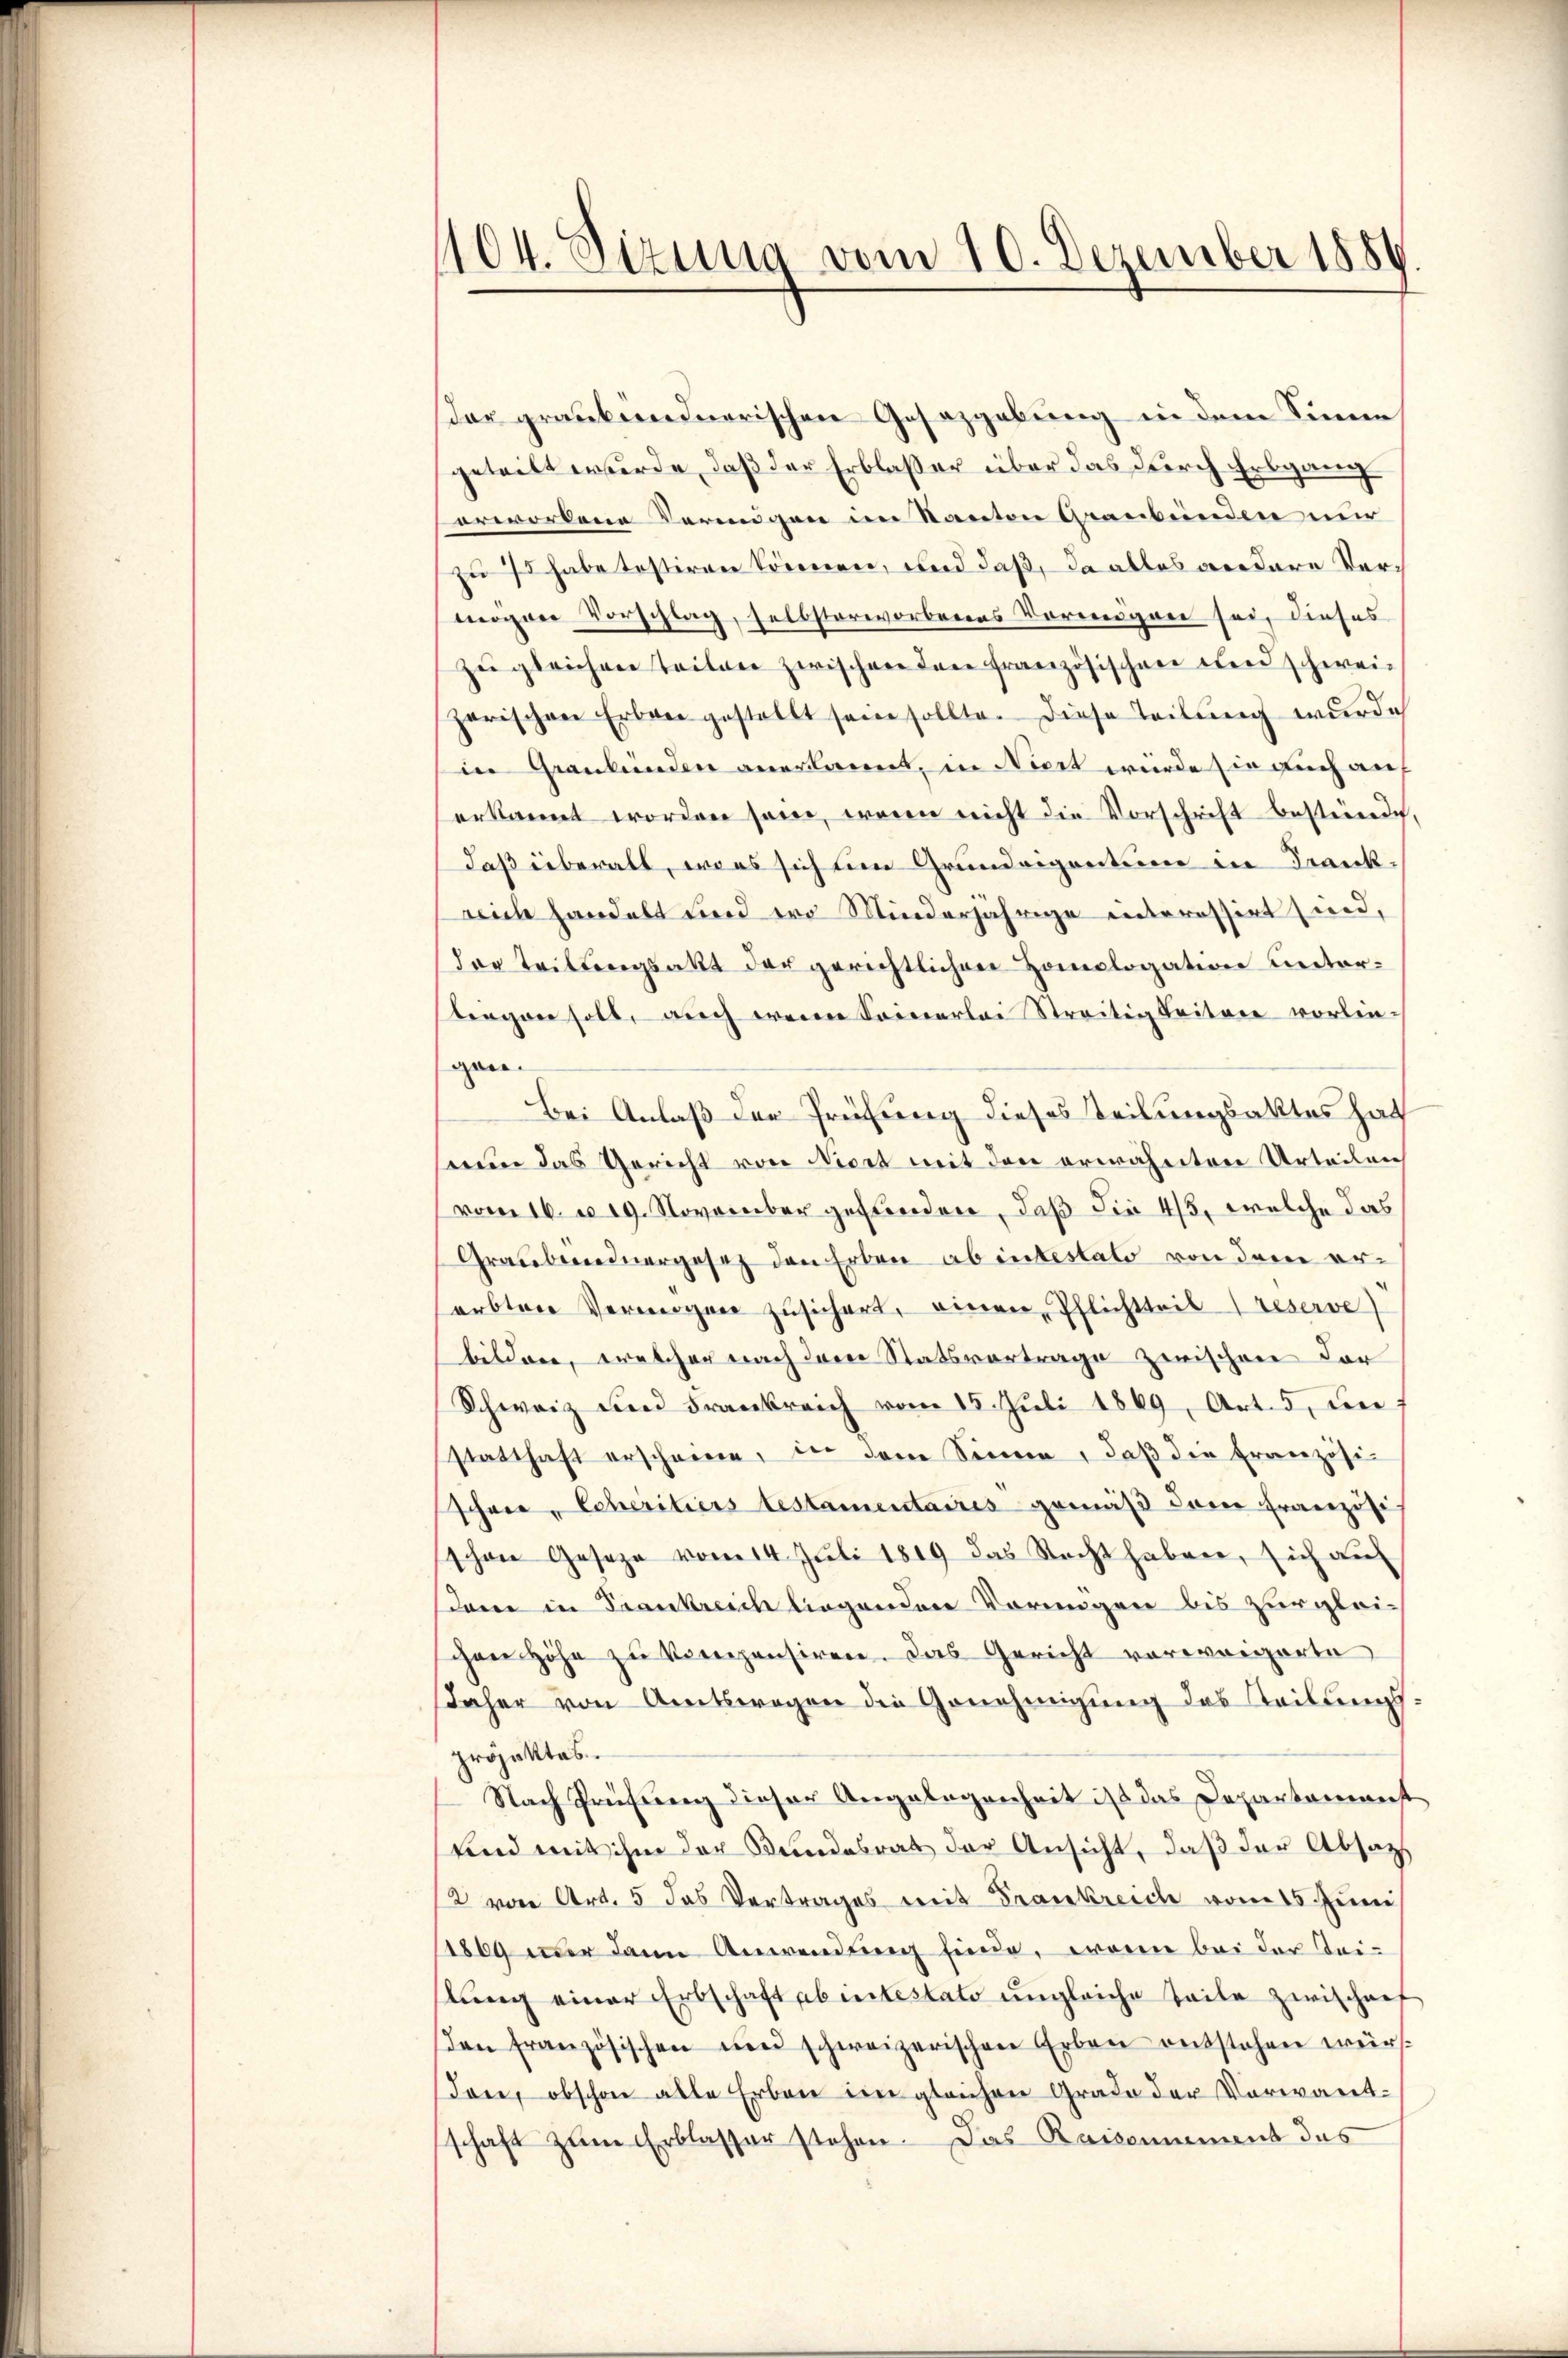
104. Sizung vom 10. Dezember 1884

Der graubündnerischen Gesetzgebung in dem Sinne
geteilt wurde, daß der Erblaser über das durch Erbgang
erwordene Termigen im Kanton Graubünden nur
zu 7 habe testiren können, und daß, da alles andere Vermögen Vorschlag, selbsterworbenes Vermögen sei, dieses
zŭ gleichen Teilen zwischen den französischen und schweizerischen Erben gestellt sein sollte. Diese Teilung wurde
in Graubünden anerkannt, in Niert wurde sie auch auf
erkannt worden sein, wenn nicht die Vorschrift besterrich,
daß überall, was sich um Grundeigentum in Frankrich handelt und wo Minderjährige interessirt sind,
der Teilungsakt der gerichtlichen Homologation unterbiegen soll, auch wenn Seinerlei Streitigkeiten vorliegan
Bei Anlaß der Prüfung dieses Teilungsaktes hat
seum das Gericht von Nicht mit den erwähnten Urteilung
vom 16. d. 19. November gefunden, daß die 415, welche das
Graubereinergesetz den Erben ab intestato von dem ererbten Vermögen zŭsichert, einen Pflichtteil reserve
bildere, welcher nach dem Statsvortrage zwischen dor
Schweiz und Frankreich vom 15. Juli 1869, Art. 5, un
statthaft erscheine, in dem Sinne, daß die Französischon „Scheritiers testamentaires gemäß dem Französi-
schon Geseze vom 14. Jŭli 1819 das Recht haben, sich aŭf
dam in Frankreich liegenden Vorungen bis zur gleichen Höhe zu kompensiren. Das Gericht vorweigerte
daher von Amtswegen die Genehmigung des Teilungsprojektes.
Nach Prüfung dieser Angelegenheit ist das Departement
und mit ihm der Bundesrat der Ansicht, daß der Absatz
2 von Art. 5 das Vertrages mit Frankreich vom 15. Juni
1869 nur dann Anwendung finde, wenn bei der Beilŭng einer Erbschaft ab intestato ungleiche Teile zwischaf
βen französischen und schweizerischen Erben entstehen wür
don, obschon alle Erben im gleichen Grade der Vorwart-
schaft zum Erblasser stehen. Das Raisonnant das